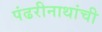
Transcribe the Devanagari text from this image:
पंढरीनाथांची